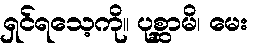
ရှင်ရသေ့ကို။ ပုစ္ဆာမိ၊ မေး